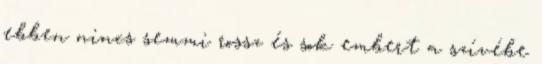
ebben nincs semmi rossz és sok embert a szívébe